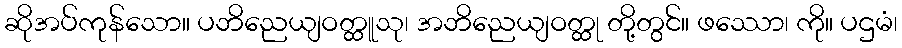
ဆိုအပ်ကုန်သော။ ပဘိညေယျဝတ္ထူသု၊ အဘိညေယျဝတ္ထု တို့တွင်။ ဖဿော၊ ကို။ ပဌမံ၊